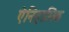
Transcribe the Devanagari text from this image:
ऐनिहासिक